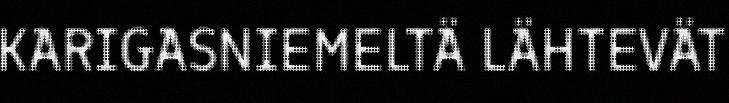
KARIGASNIEMELTÄ LÄHTEVÄT